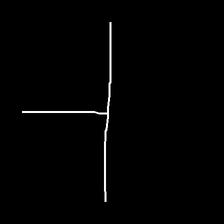
Glyph: column